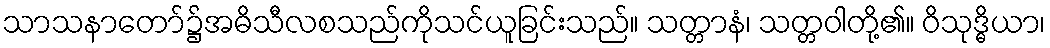
သာသနာတော်၌အဓိသီလစသည်ကိုသင်ယူခြင်းသည်။ သတ္တာနံ၊ သတ္တဝါတို့၏။ ဝိသုဒ္ဓိယာ၊